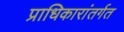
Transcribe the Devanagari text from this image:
प्राधिकारांतर्गत